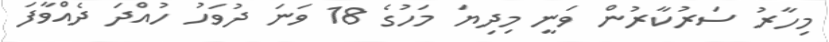
މިހާރު ސަރުކާރުން ވަނީ މިދިޔަ މަހުގެ 18 ވަނަ ދުވަހު ހުއްދަ ދެއްވާފަ